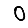
Digit: 0